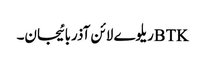
BTKریلوے لائن آذربائیجان۔